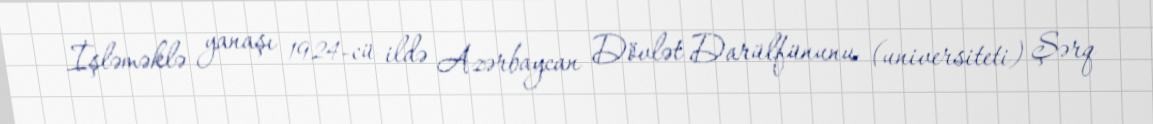
İşləməklə yanaşı 1924-cü ildə Azərbaycan Dövlət Darülfünunu (universiteti) Şərq